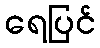
ရေပြင်